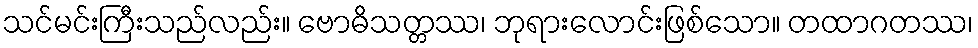
သင်မင်းကြီးသည်လည်း။ ဗောဓိသတ္တဿ၊ ဘုရားလောင်းဖြစ်သော။ တထာဂတဿ၊